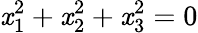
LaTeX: \mathit{x}_{1}^{2}+\mathit{x}_{2}^{2}+\mathit{x}_{3}^{2}=0